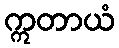
ဣတာယံ